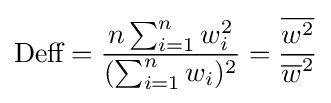
{\text{Deff}}={\frac {n\sum _{i=1}^{n}w_{i}^{2}}{(\sum _{i=1}^{n}w_{i})^{2}}}={\frac {\overline {w^{2}}}{{\overline {w}}^{2}}}